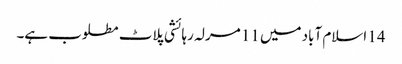
14 اسلام آباد میں 11 مرلہ رہائشی پلاٹ مطلوب ہے۔